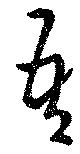
吾